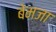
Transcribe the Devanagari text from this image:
बेमजा